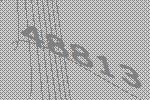
48813